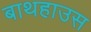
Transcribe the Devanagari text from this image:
बाथहाउस